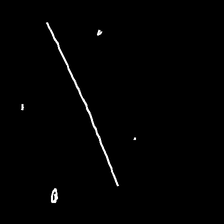
Glyph: cool